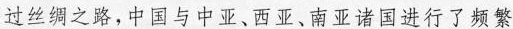
过丝绸之路，中国与中亚、西亚、南亚诸国进行了频繁